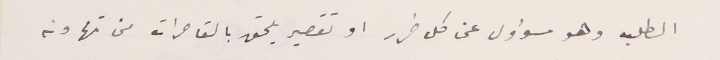
الطلب وهو مسؤول عن كل ضرر او تقصير يلحق بالقاصرات من تهاونه